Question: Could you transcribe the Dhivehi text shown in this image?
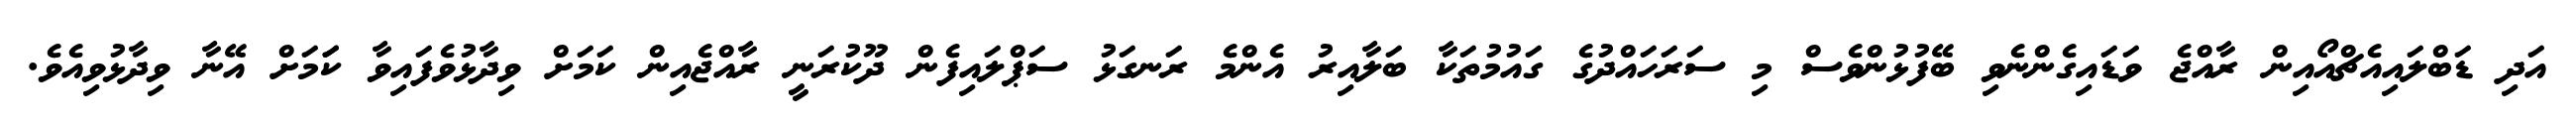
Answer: އަދި ޑަބްލައިއެޗްއޯއިން ރާއްޖެ ވަޑައިގެންނެވި ބޭފުޅުންވެސް މި ސަރަހައްދުގެ ގައުމުތަކާ ބަލާއިރު އެންމެ ރަނގަޅު ސަޕްލައިފެން ދޫކުރަނީ ރާއްޖެއިން ކަމަށް ވިދާޅުވެފައިވާ ކަަމަށް އޭނާ ވިދާޅުވިއެވެ.